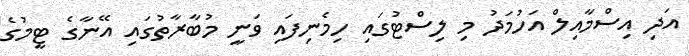
އަދި އިސްމާއިލް އަހުމަދު މި ލިސްޓުގައި ހިމެނިފައި ވަނީ މުބާރާތުގައި އޭނާގެ ޓީމުގެ